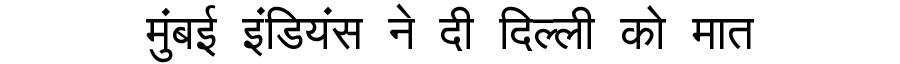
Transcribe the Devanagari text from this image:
मुंबई इंडियंस ने दी दिल्ली को मात